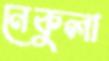
নেকুলা